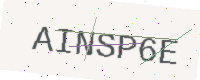
Text: AINSP6E